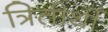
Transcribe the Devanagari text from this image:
त्रितीर्थी